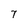
Character: 7